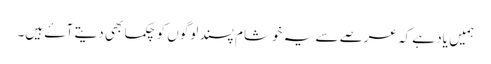
ہمیں یاد ہے کہ عرصے سے یہ خوشام پسند لوگوں کو چکما بھی دیتے آۓ ہیں۔